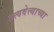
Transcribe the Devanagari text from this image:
तत्त्ववेत्त्याच्या